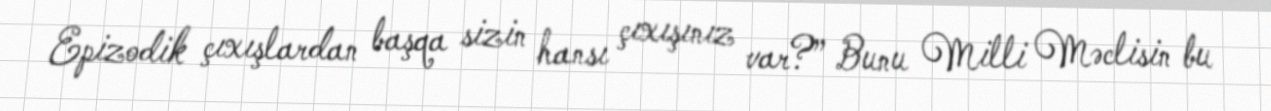
Epizodik çıxışlardan başqa sizin hansı çıxışınız var?” Bunu Milli Məclisin bu